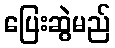
ပြေးဆွဲမည်